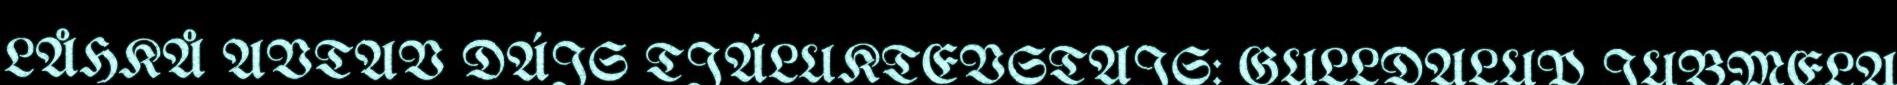
LÅHKÅ AVTAV DÁJS TJÁLUKTEVSTAJS: GULLDALUP JUBMELA